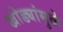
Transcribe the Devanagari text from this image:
खोड्यांमुळे